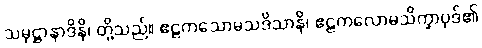
သမုဋ္ဌာနာဒိနိ၊ တို့သည်။ ဧဠကသောမသဒိသာနိ၊ ဧဠကလောမသိက္ခာပုဒ်၏